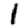
Digit: 1